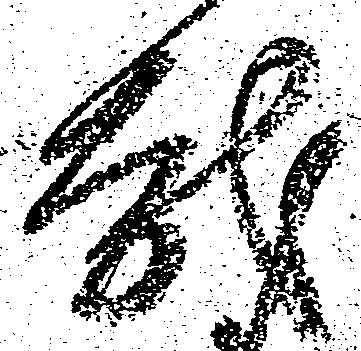
越